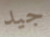
جيد